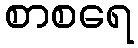
စာစရေ